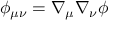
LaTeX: \phi _ { \mu \nu } = \nabla _ { \mu } \nabla _ { \nu } \phi